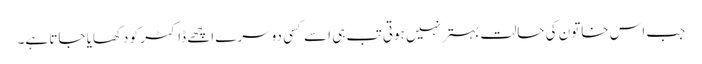
جب اس خاتون کی حالت بہتر نہیں ہوتی تب ہی اسے کسی دوسرے اچھے ڈاکٹر کو دکھایا جاتا ہے۔